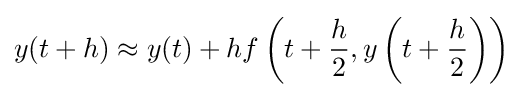
y(t+h)\approx y(t)+hf\left(t+{\frac {h}{2}},y\left(t+{\frac {h}{2}}\right)\right)